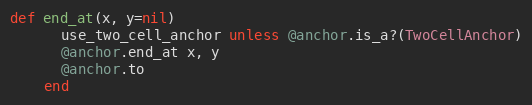
Language: Ruby
def end_at(x, y=nil)
      use_two_cell_anchor unless @anchor.is_a?(TwoCellAnchor)
      @anchor.end_at x, y
      @anchor.to
    end